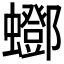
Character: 𧔛